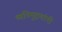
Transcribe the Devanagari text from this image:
ध्वनिमुद्रणांनी